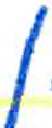
אות: ן